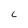
Character: C